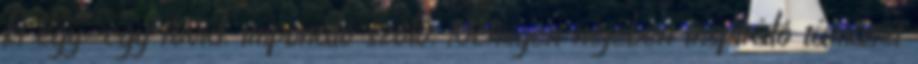
ki egy-egy rövid, imponáló szóló. Nemigen néjében inspiráló támaszt